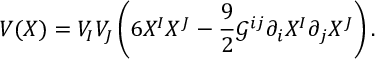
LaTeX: V ( X ) = V _ { I } V _ { J } \left( 6 X ^ { I } X ^ { J } - \frac { 9 } { 2 } \mathcal { G } ^ { i j } \partial _ { i } X ^ { I } \partial _ { j } X ^ { J } \right) .